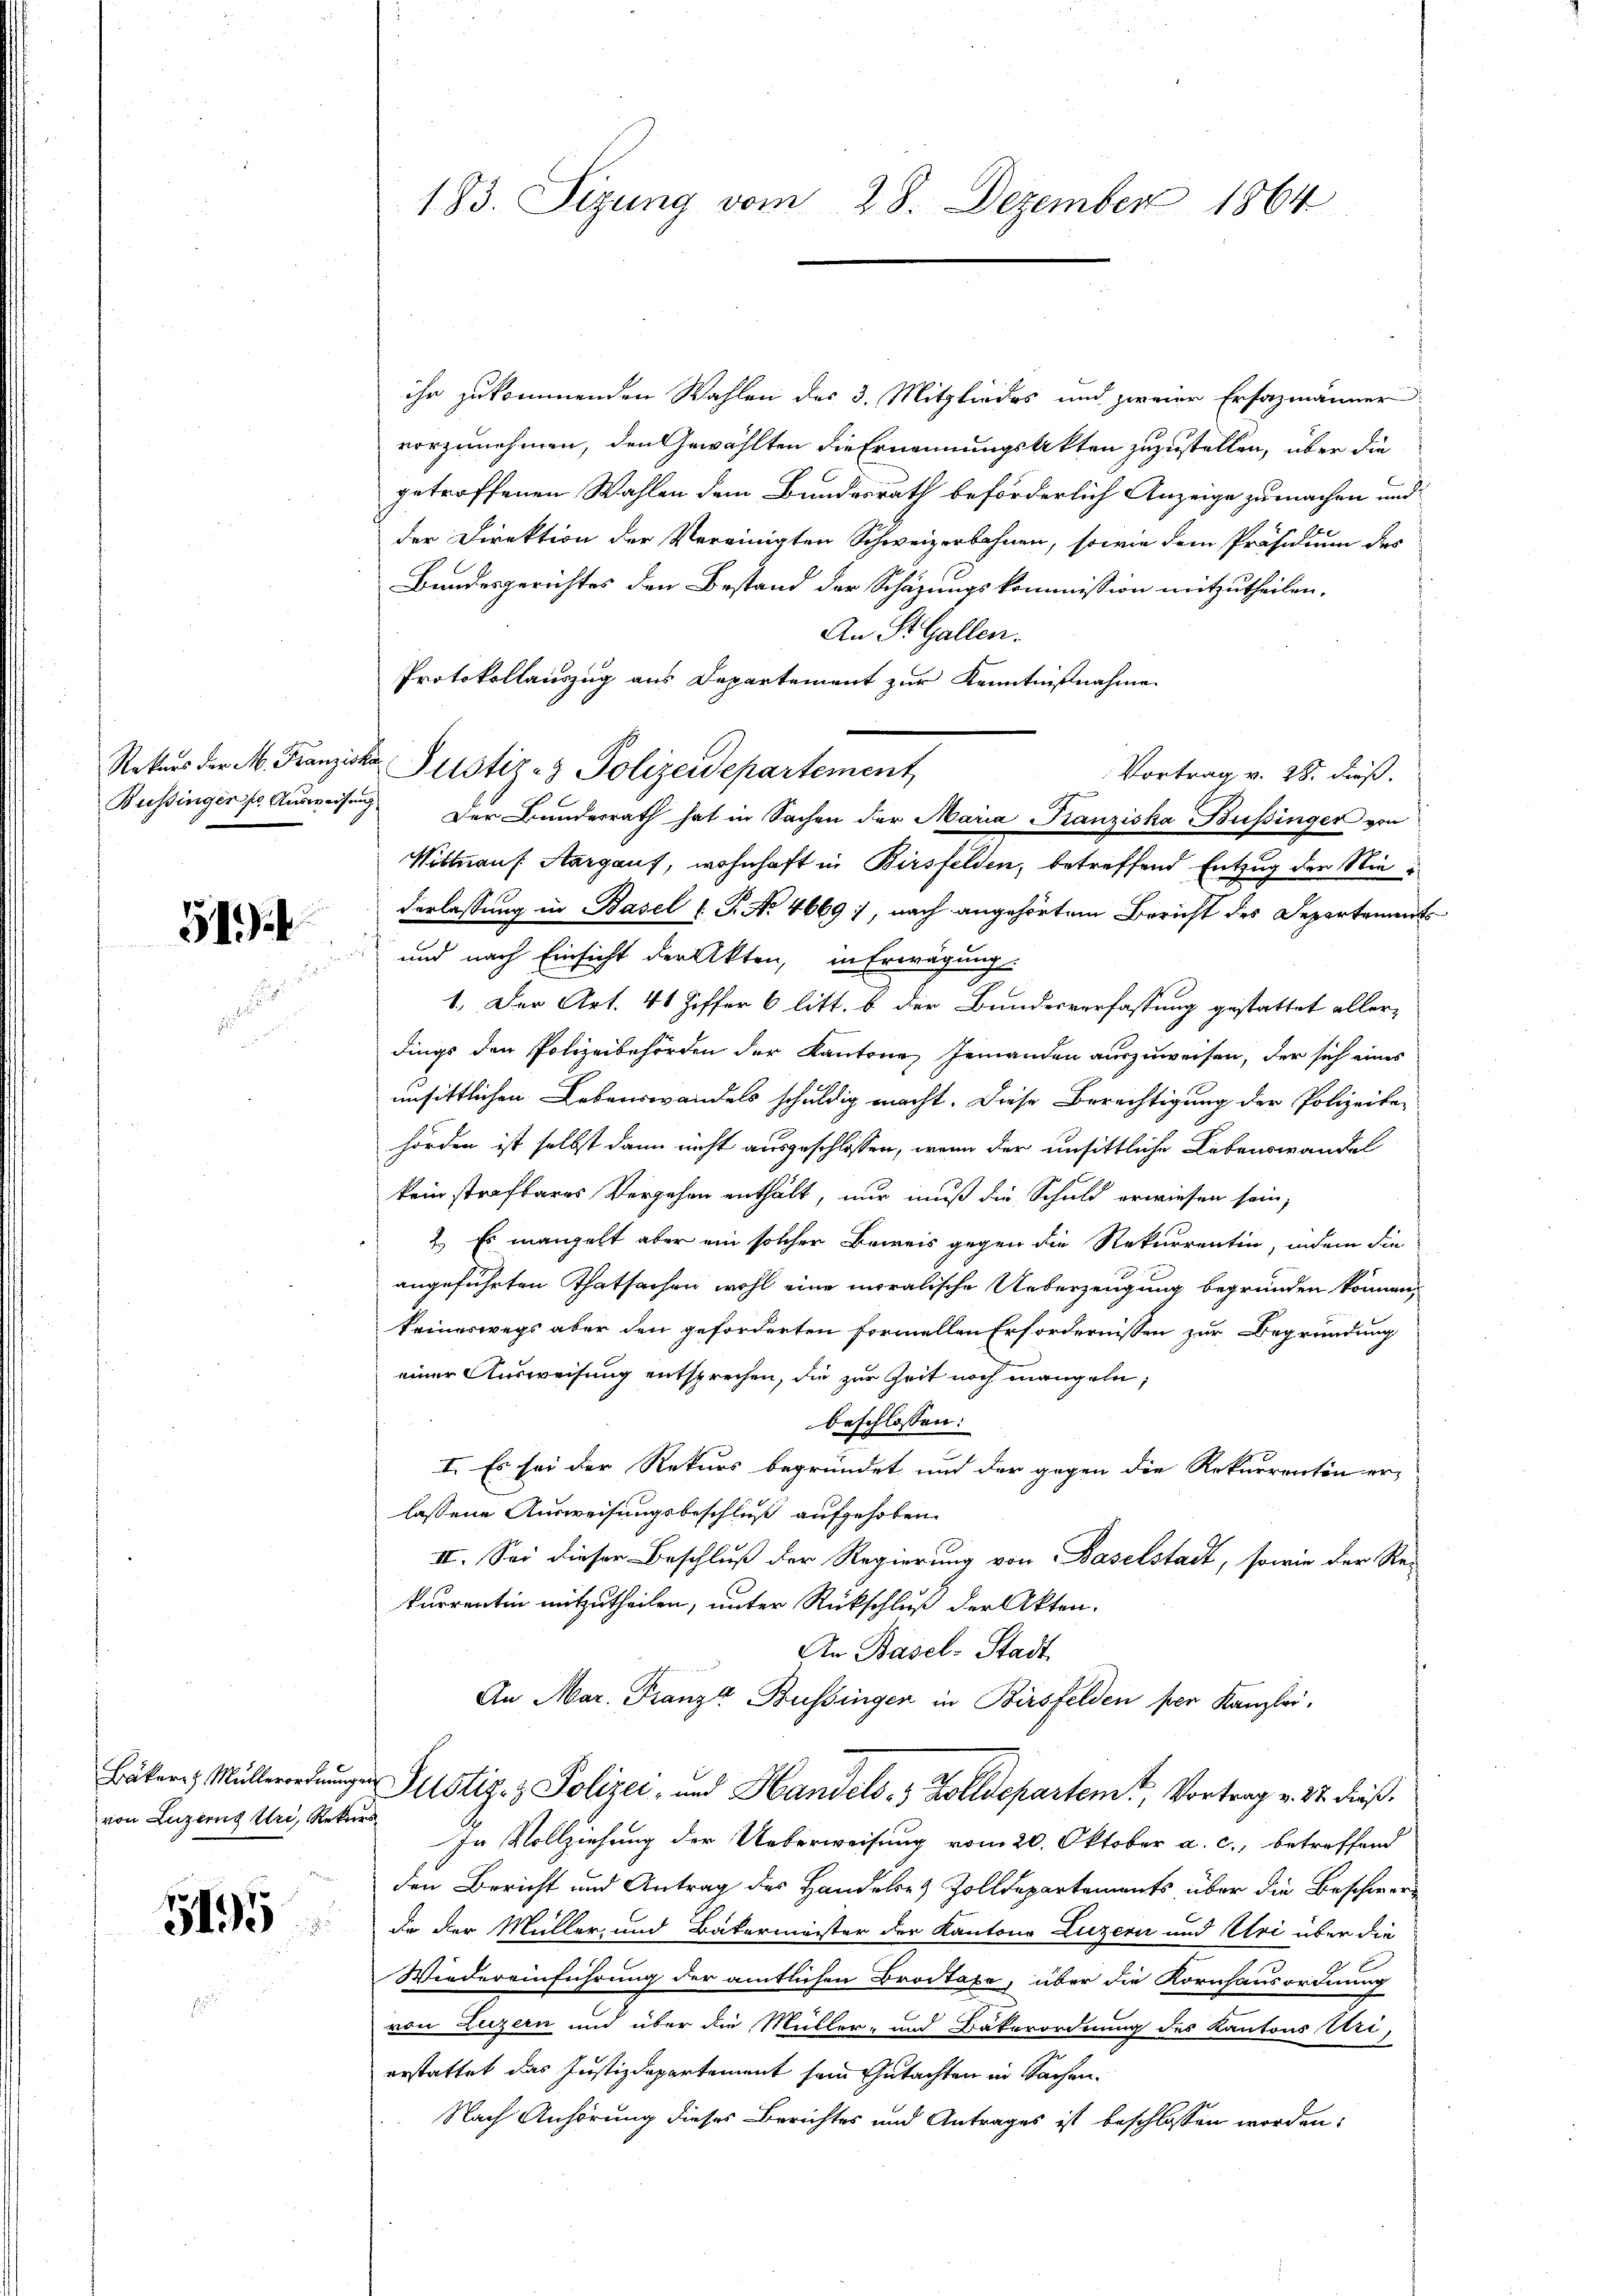
519.

von Luzerng Uri, Rekurs

183. Sizung vom 28. Dezember 1864

ihr zukommenden Wahlen des 3. Mitgliedes und zweier Ersazmänner
vorzunehmen, den Gewählten die Ernennungstrikten zuzustellen, über die
getroffenen Wahlen dem Bundesrath beförderlich Anzeige zu machen und
der Direktion der Vereinigten Schweizerbahnen, sowie dem Präsidium des
Bundesgerichtes den Bestand der Schäzungskommission mitzutheilen.
An St. Gallen.
Protokollauszug aus Departement zur Kenntnißnahme
Vortrag v. 28. dieß.
Bussingen fr. Ausweisung der Bundesrath hat in Sachen der Maria Franziska Büssinger von
Wittnauf Aargaus, wohnhaft in Birsfelden, betreffend Entzug der Niederlassung in Basel (T. No 4669, nach angehörtem Bericht des Departements
und nach Einsicht der Akten, in Erwägung
1.) Der Art. 41 Ziffer 6 litt. b. der Bundesverfassung gestattet allerdings den Polizeibehörden der Kantone, Jemanden auszuweisen, der sich eines
unsittlichen Lebenswandels schuldig macht. Diese Berechtigung der Polizeiter
hörden ist selbst dann nicht ausgeschlossen, wenn der unsittliche Lebenswandel
kein strafbares Vergehen enthält, nur muß die Schuld erwiesen sein,
2. Es mangelt aber ein solcher Beweis gegen die Rekurrentin, indem die
angeführten Thatsachen wohl eine moralische Ueberzeugung begründen können,
keineswegs aber den geforderten formellen Erfordernissen zur Begründung
einer Ausweisung entsprechen, die zur Zeit noch mangeln;
beschlossen:
2
I. Es sei der Rekurs begründet und der gegen die Rekurrenten er-
lassene Ausweisungsbeschluß aufgehoben.
II. Sei dieser Beschluß der Regierung von Baselstadt, sowie der Re-
kurrentin mitzutheilen, unter Rückschluß der Akten.
An Basel-Stadt
An Mar. Franze Bussinger in Birsfelden per Kanzlei.
Bäter, Müller Potiz & Polizei- und Handels- & Zolldepartem Vortrag v. 22. dieß¬
In Vollziehung der Ueberweisung vom 20. Oktober a. c., betreffend
den Bericht und Antrag des Handele Zolldepartements über die Beschwer¬
 de der Müller und Bäkermeister der Kantons Luzern und Uri über die
Wiedereinführung der amtlichen Brodtaxe, über die Kornhausordnung
von Luzern und über die Müller- und Dakerordnung des Kantons Uri,
erstattet das Justizdepartement sein Gutachten in Sachen.
Nach Anhörung dieses Berichtes und Antrages ist beschlossen worden:

Rekŭrs der M. Franziska Justiz- & Polizeidepartement